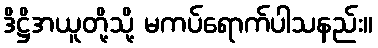
ဒိဋ္ဌိအယူတို့သို့ မကပ်ရောက်ပါသနည်း။